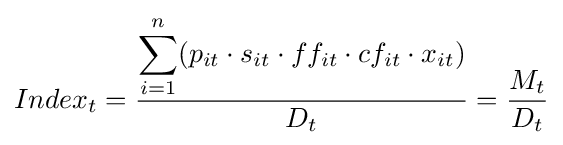
Index_{t}={\frac {\displaystyle \sum _{i=1}^{n}(p_{it}\cdot s_{it}\cdot ff_{it}\cdot cf_{it}\cdot x_{it})}{D_{t}}}={\frac {M_{t}}{D_{t}}}